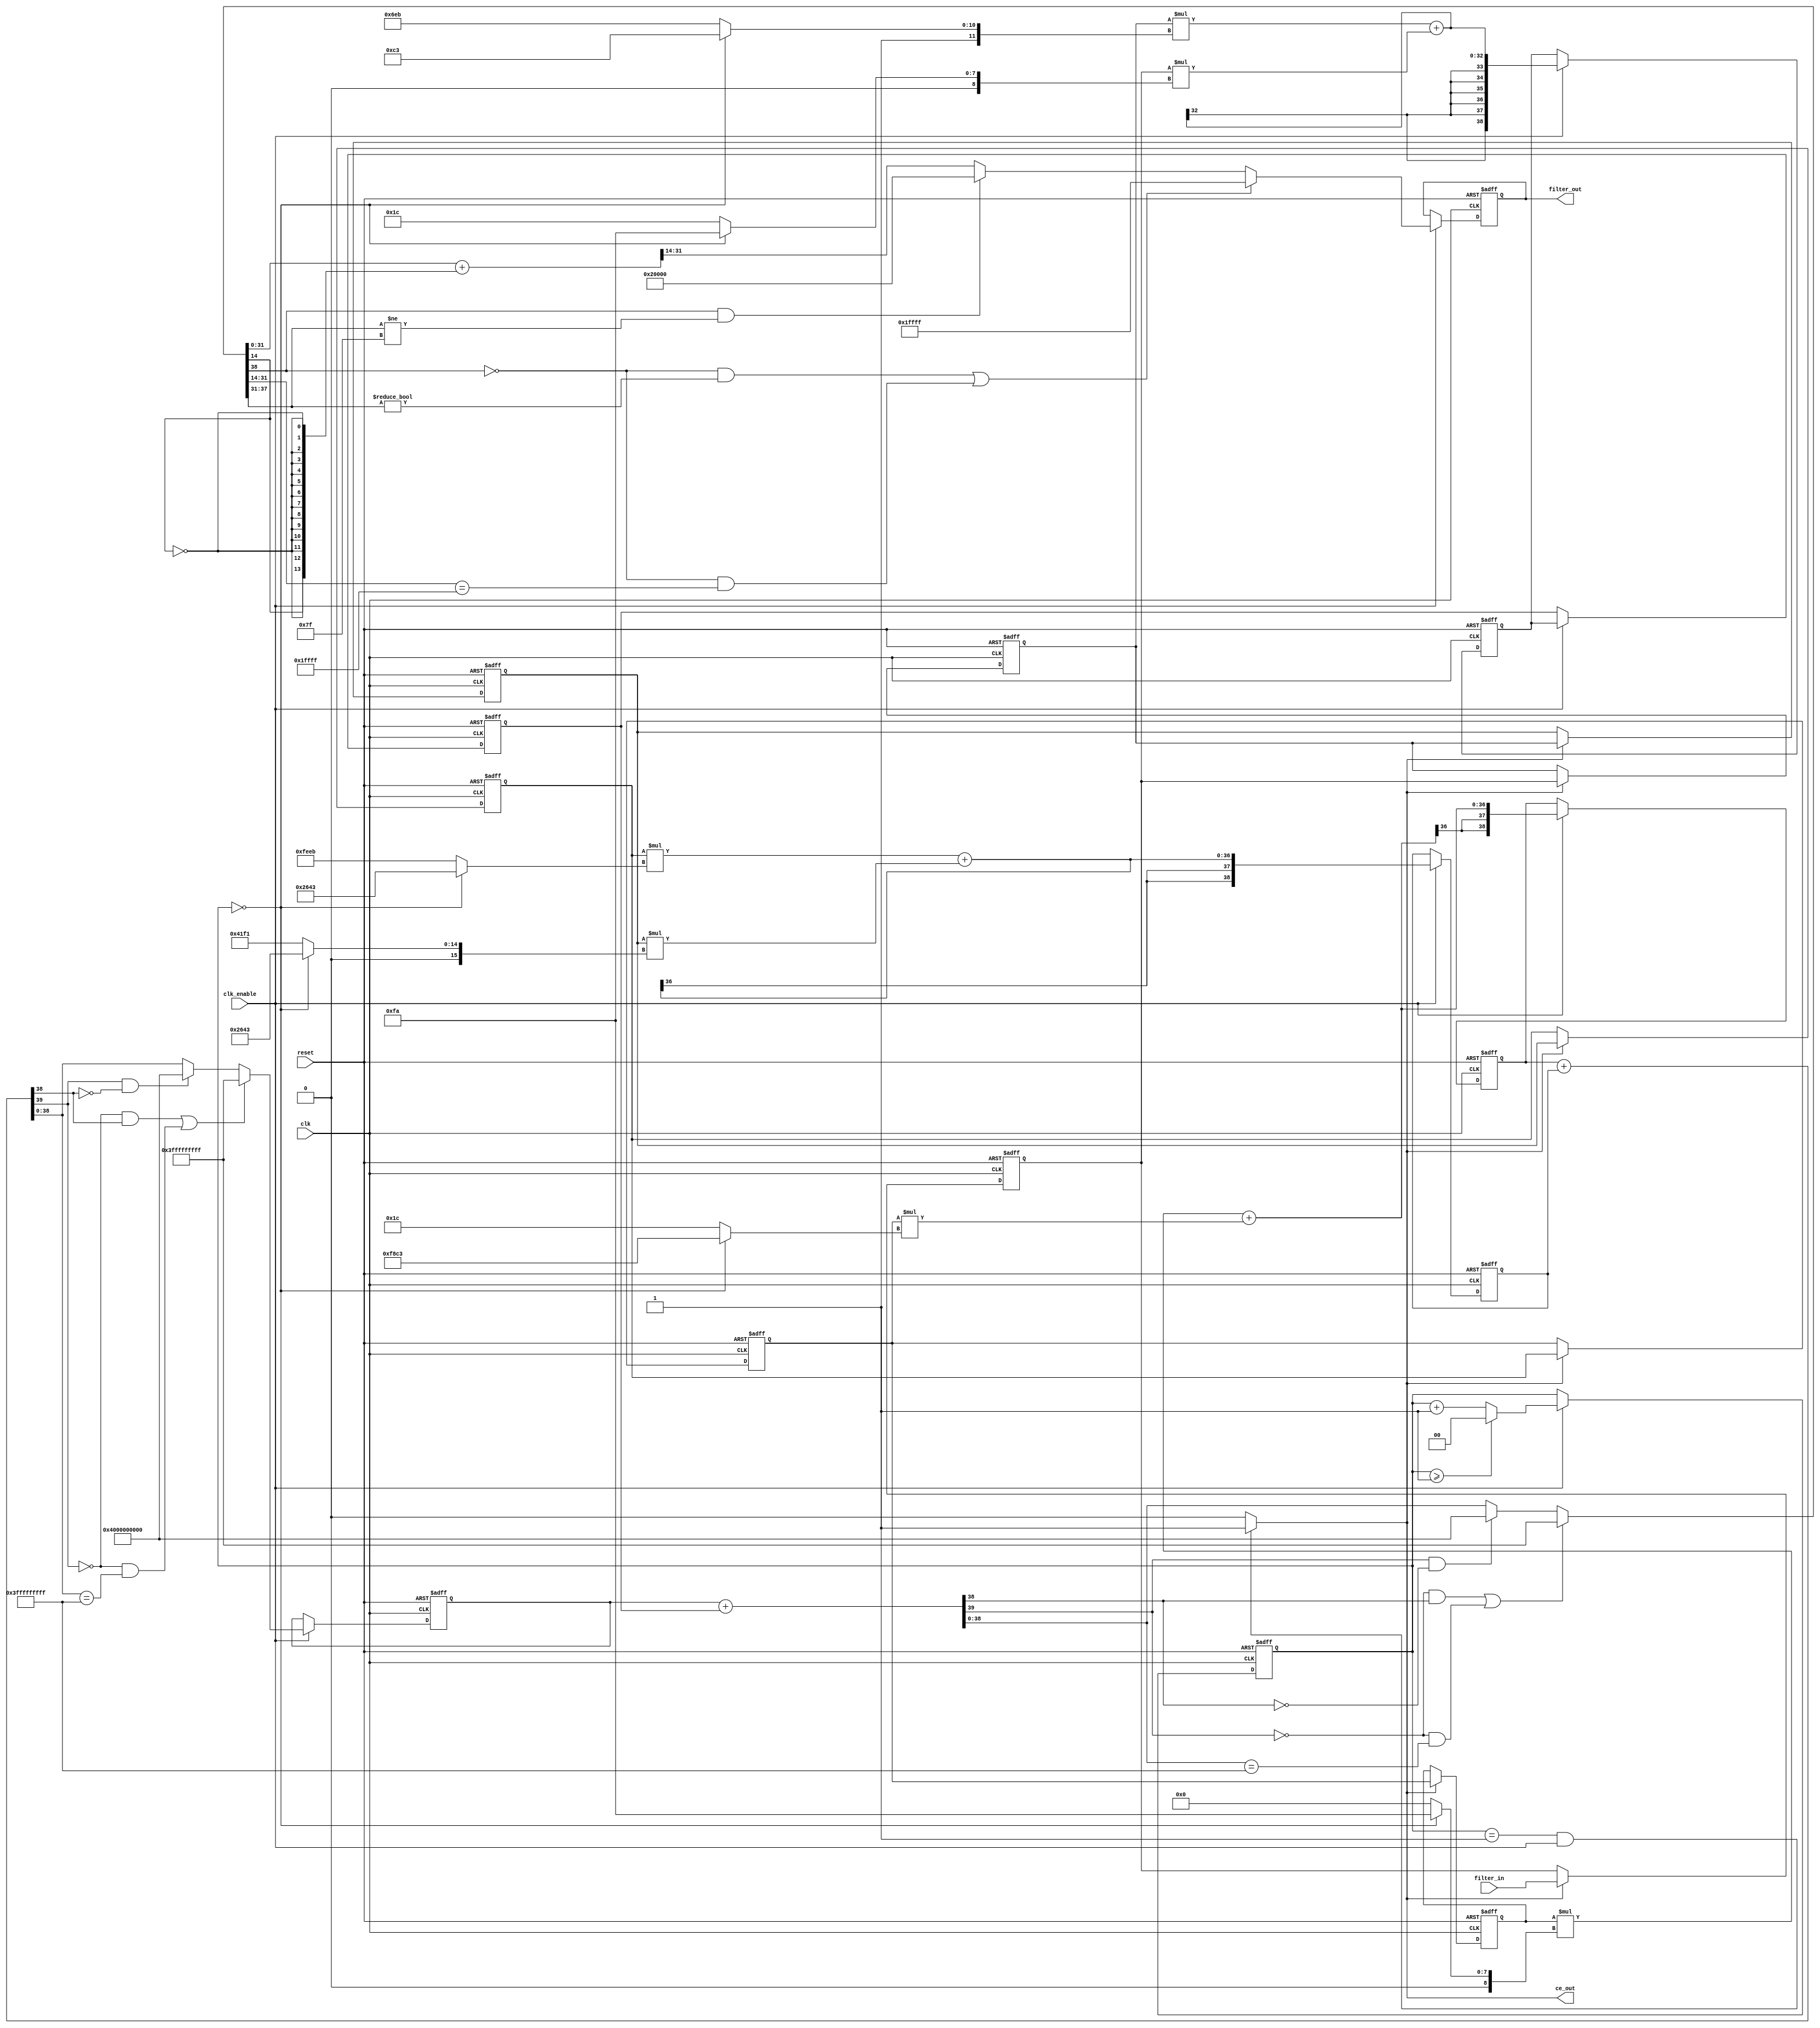
// -------------------------------------------------------------
//
// Module: invSincSpec
// Generated by MATLAB(R) 23.2 and Filter Design HDL Coder 23.2.
// Generated on: 2024-05-02 15:10:17
// -------------------------------------------------------------

// -------------------------------------------------------------
// HDL Code Generation Options:
//
// FIRAdderStyle: tree
// OptimizeForHDL: on
// TargetDirectory: D:\fax\zavrsni\invSincSpec
// AddPipelineRegisters: on
// Name: invSincSpec
// TargetLanguage: Verilog
// TestBenchName: invSincSpec_tb
// TestBenchStimulus: step chirp 
// LoopUnrolling: on

// Filter Specifications:
//
// Sample Rate          : 352.8 kHz
// Response             : Inverse-sinc Lowpass
// Specification        : Fp,Fst,Ap,Ast
// Interpolation Factor : 2
// Multirate Type       : Interpolator
// Passband Edge        : 22.05 kHz
// Passband Ripple      : 0.001 dB
// Stopband Edge        : 154.4 kHz
// Stopband Atten.      : 80 dB
// -------------------------------------------------------------

// -------------------------------------------------------------
// HDL Implementation    : Fully parallel
// Folding Factor        : 1
// -------------------------------------------------------------
// Filter Settings:
//
// Discrete-Time FIR Multirate Filter (real)
// -----------------------------------------
// Filter Structure      : Direct-Form FIR Polyphase Interpolator
// Interpolation Factor  : 2
// Polyphase Length      : 6
// Filter Length         : 11
// Stable                : Yes
// Linear Phase          : Yes (Type 1)
//
// Arithmetic            : fixed
// Numerator             : s16,14 -> [-2 2)
// -------------------------------------------------------------




//`timescale 1 ns / 1 ns

module invSincSpec
               (
                clk,
                clk_enable,
                reset,
                filter_in,
                filter_out,
                ce_out
                );

  input   clk; 
  input   clk_enable; 
  input   reset; 
  input   signed [19:0] filter_in; //sfix20_En15
  output  signed [17:0] filter_out; //sfix18_En15
  output  ce_out; 

////////////////////////////////////////////////////////////////
//Module Architecture: invSincSpec
////////////////////////////////////////////////////////////////
  // Local Functions
  // Type Definitions
  // Constants
  parameter signed [15:0] coeffphase1_1 = 16'b0000000011111010; //sfix16_En14
  parameter signed [15:0] coeffphase1_2 = 16'b1111100011000011; //sfix16_En14
  parameter signed [15:0] coeffphase1_3 = 16'b0010011001000011; //sfix16_En14
  parameter signed [15:0] coeffphase1_4 = 16'b0010011001000011; //sfix16_En14
  parameter signed [15:0] coeffphase1_5 = 16'b1111100011000011; //sfix16_En14
  parameter signed [15:0] coeffphase1_6 = 16'b0000000011111010; //sfix16_En14
  parameter signed [15:0] coeffphase2_1 = 16'b0000000000011100; //sfix16_En14
  parameter signed [15:0] coeffphase2_2 = 16'b1111111011101011; //sfix16_En14
  parameter signed [15:0] coeffphase2_3 = 16'b0100000111110001; //sfix16_En14
  parameter signed [15:0] coeffphase2_4 = 16'b1111111011101011; //sfix16_En14
  parameter signed [15:0] coeffphase2_5 = 16'b0000000000011100; //sfix16_En14
  parameter signed [15:0] coeffphase2_6 = 16'b0000000000000000; //sfix16_En14

  // Signals
  reg  [1:0] cur_count; // ufix2
  wire phase_1; // boolean
  reg  signed [19:0] delay_pipeline [0:5] ; // sfix20_En15
  wire signed [35:0] product; // sfix36_En29
  wire signed [15:0] product_mux; // sfix16_En14
  wire signed [35:0] product_1; // sfix36_En29
  wire signed [15:0] product_mux_1; // sfix16_En14
  wire signed [35:0] product_2; // sfix36_En29
  wire signed [15:0] product_mux_2; // sfix16_En14
  wire signed [35:0] product_3; // sfix36_En29
  wire signed [15:0] product_mux_3; // sfix16_En14
  wire signed [35:0] product_4; // sfix36_En29
  wire signed [15:0] product_mux_4; // sfix16_En14
  wire signed [35:0] product_5; // sfix36_En29
  wire signed [15:0] product_mux_5; // sfix16_En14
  wire signed [38:0] sumvector1 [0:2] ; // sfix39_En29
  wire signed [35:0] add_signext; // sfix36_En29
  wire signed [35:0] add_signext_1; // sfix36_En29
  wire signed [36:0] add_temp; // sfix37_En29
  wire signed [35:0] add_signext_2; // sfix36_En29
  wire signed [35:0] add_signext_3; // sfix36_En29
  wire signed [36:0] add_temp_1; // sfix37_En29
  wire signed [35:0] add_signext_4; // sfix36_En29
  wire signed [35:0] add_signext_5; // sfix36_En29
  wire signed [36:0] add_temp_2; // sfix37_En29
  reg  signed [38:0] sumdelay_pipeline1 [0:2] ; // sfix39_En29
  wire signed [38:0] sumvector2 [0:1] ; // sfix39_En29
  wire signed [38:0] add_signext_6; // sfix39_En29
  wire signed [38:0] add_signext_7; // sfix39_En29
  wire signed [39:0] add_temp_3; // sfix40_En29
  reg  signed [38:0] sumdelay_pipeline2 [0:1] ; // sfix39_En29
  wire signed [38:0] sum3; // sfix39_En29
  wire signed [38:0] add_signext_8; // sfix39_En29
  wire signed [38:0] add_signext_9; // sfix39_En29
  wire signed [39:0] add_temp_4; // sfix40_En29
  wire signed [17:0] output_typeconvert; // sfix18_En15
  reg  signed [17:0] output_register; // sfix18_En15

  // Block Statements
  always @ (posedge clk or posedge reset)
    begin: ce_output
      if (reset == 1'b1) begin
        cur_count <= 2'b00;
      end
      else begin
        if (clk_enable == 1'b1) begin
          if (cur_count >= 2'b01) begin
            cur_count <= 2'b00;
          end
          else begin
            cur_count <= cur_count + 2'b01;
          end
        end
      end
    end // ce_output

  assign  phase_1 = (cur_count == 2'b01 && clk_enable == 1'b1) ? 1'b1 : 1'b0;

  //   ---------------- Delay Registers ----------------

  always @( posedge clk or posedge reset)
    begin: Delay_Pipeline_process
      if (reset == 1'b1) begin
        delay_pipeline[0] <= 0;
        delay_pipeline[1] <= 0;
        delay_pipeline[2] <= 0;
        delay_pipeline[3] <= 0;
        delay_pipeline[4] <= 0;
        delay_pipeline[5] <= 0;
      end
      else begin
        if (phase_1 == 1'b1) begin
          delay_pipeline[0] <= filter_in;
          delay_pipeline[1] <= delay_pipeline[0];
          delay_pipeline[2] <= delay_pipeline[1];
          delay_pipeline[3] <= delay_pipeline[2];
          delay_pipeline[4] <= delay_pipeline[3];
          delay_pipeline[5] <= delay_pipeline[4];
        end
      end
    end // Delay_Pipeline_process


  assign product_mux = (cur_count == 2'b00) ? coeffphase1_6 :
                      coeffphase2_6;
  assign product = delay_pipeline[5] * product_mux;

  assign product_mux_1 = (cur_count == 2'b00) ? coeffphase1_5 :
                        coeffphase2_5;
  assign product_1 = delay_pipeline[4] * product_mux_1;

  assign product_mux_2 = (cur_count == 2'b00) ? coeffphase1_4 :
                        coeffphase2_4;
  assign product_2 = delay_pipeline[3] * product_mux_2;

  assign product_mux_3 = (cur_count == 2'b00) ? coeffphase1_3 :
                        coeffphase2_3;
  assign product_3 = delay_pipeline[2] * product_mux_3;

  assign product_mux_4 = (cur_count == 2'b00) ? coeffphase1_2 :
                        coeffphase2_2;
  assign product_4 = delay_pipeline[1] * product_mux_4;

  assign product_mux_5 = (cur_count == 2'b00) ? coeffphase1_1 :
                        coeffphase2_1;
  assign product_5 = delay_pipeline[0] * product_mux_5;

  assign add_signext = product;
  assign add_signext_1 = product_1;
  assign add_temp = add_signext + add_signext_1;
  assign sumvector1[0] = $signed({{2{add_temp[36]}}, add_temp});

  assign add_signext_2 = product_2;
  assign add_signext_3 = product_3;
  assign add_temp_1 = add_signext_2 + add_signext_3;
  assign sumvector1[1] = $signed({{2{add_temp_1[36]}}, add_temp_1});

  assign add_signext_4 = product_4;
  assign add_signext_5 = product_5;
  assign add_temp_2 = add_signext_4 + add_signext_5;
  assign sumvector1[2] = $signed({{2{add_temp_2[36]}}, add_temp_2});

  always @ (posedge clk or posedge reset)
    begin: sumdelay_pipeline_process1
      if (reset == 1'b1) begin
        sumdelay_pipeline1[0] <= 0;
        sumdelay_pipeline1[1] <= 0;
        sumdelay_pipeline1[2] <= 0;
      end
      else begin
        if (clk_enable == 1'b1) begin
          sumdelay_pipeline1[0] <= sumvector1[0];
          sumdelay_pipeline1[1] <= sumvector1[1];
          sumdelay_pipeline1[2] <= sumvector1[2];
        end
      end
    end // sumdelay_pipeline_process1

  assign add_signext_6 = sumdelay_pipeline1[0];
  assign add_signext_7 = sumdelay_pipeline1[1];
  assign add_temp_3 = add_signext_6 + add_signext_7;
  assign sumvector2[0] = ((add_temp_3[39] == 1'b0 & add_temp_3[38] != 1'b0) || (add_temp_3[39] == 1'b0 && add_temp_3[38:0] == 39'b011111111111111111111111111111111111111) // special case0
) ? 39'b011111111111111111111111111111111111111 : 
      (add_temp_3[39] == 1'b1 && add_temp_3[38] != 1'b1) ? 39'b100000000000000000000000000000000000000 : add_temp_3[38:0];

  assign sumvector2[1] = sumdelay_pipeline1[2];

  always @ (posedge clk or posedge reset)
    begin: sumdelay_pipeline_process2
      if (reset == 1'b1) begin
        sumdelay_pipeline2[0] <= 0;
        sumdelay_pipeline2[1] <= 0;
      end
      else begin
        if (clk_enable == 1'b1) begin
          sumdelay_pipeline2[0] <= sumvector2[0];
          sumdelay_pipeline2[1] <= sumvector2[1];
        end
      end
    end // sumdelay_pipeline_process2

  assign add_signext_8 = sumdelay_pipeline2[0];
  assign add_signext_9 = sumdelay_pipeline2[1];
  assign add_temp_4 = add_signext_8 + add_signext_9;
  assign sum3 = ((add_temp_4[39] == 1'b0 & add_temp_4[38] != 1'b0) || (add_temp_4[39] == 1'b0 && add_temp_4[38:0] == 39'b011111111111111111111111111111111111111) // special case0
) ? 39'b011111111111111111111111111111111111111 : 
      (add_temp_4[39] == 1'b1 && add_temp_4[38] != 1'b1) ? 39'b100000000000000000000000000000000000000 : add_temp_4[38:0];

  assign output_typeconvert = ((sum3[38] == 1'b0 & sum3[37:31] != 7'b0000000) || (sum3[38] == 1'b0 && sum3[31:14] == 18'b011111111111111111) // special case0
) ? 18'b011111111111111111 : 
      (sum3[38] == 1'b1 && sum3[37:31] != 7'b1111111) ? 18'b100000000000000000 : (sum3[31:0] + {sum3[14], {13{~sum3[14]}}})>>>14;

  always @ (posedge clk or posedge reset)
    begin: Output_Register_process
      if (reset == 1'b1) begin
        output_register <= 0;
      end
      else begin
        if (clk_enable == 1'b1) begin
          output_register <= output_typeconvert;
        end
      end
    end // Output_Register_process

  // Assignment Statements
  assign ce_out = phase_1;
  assign filter_out = output_register;
endmodule  // invSincSpec